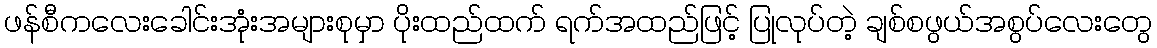
ဖန်စီကလေးခေါင်းအုံးအများစုမှာ ပိုးထည်ထက် ရက်အထည်ဖြင့် ပြုလုပ်တဲ့ ချစ်စဖွယ်အစွပ်လေးတွေ